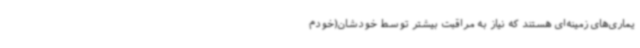
یماری‌های زمینه‌ای هستند که نیاز به مراقبت بیشتر توسط خودشان(خودم